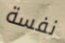
نفسة